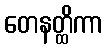
တေနတ္ထိကာ